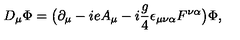
D _ { \mu } \Phi = \big ( \partial _ { \mu } - i e A _ { \mu } - i { \frac { g } { 4 } } \epsilon _ { \mu \nu \alpha } F ^ { \nu \alpha } \big ) \Phi ,